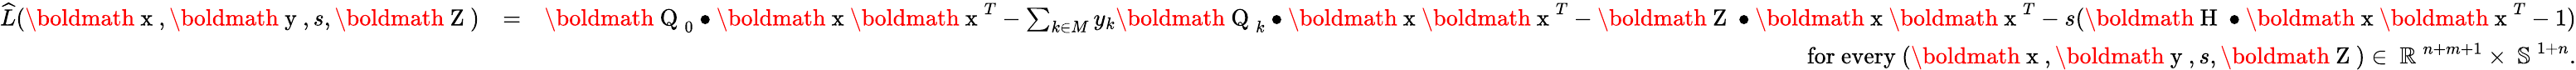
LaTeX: \begin{array}{rlr}{\widehat{L}(\mathrm{\boldmath~x~},\mathrm{\boldmath~y~},s,\mathrm{\boldmath~Z~})}&{=}&{\mathrm{\boldmath~Q~}_{0}\bullet\mathrm{\boldmath~x~}\mathrm{\boldmath~x~}^{T}-\sum_{k\in M}y_{k}\mathrm{\boldmath~Q~}_{k}\bullet\mathrm{\boldmath~x~}\mathrm{\boldmath~x~}^{T}-\mathrm{\boldmath~Z~}\bullet\mathrm{\boldmath~x~}\mathrm{\boldmath~x~}^{T}-s(\mathrm{\boldmath~H~}\bullet\mathrm{\boldmath~x~}\mathrm{\boldmath~x~}^{T}-1)}\\ &{}&{\mathrm{for~every~}(\mathrm{\boldmath~x~},\mathrm{\boldmath~y~},s,\mathrm{\boldmath~Z~})\in\mathrm{~\mathbb{R}~}^{n+m+1}\times\mathrm{~\mathbb{S}~}^{1+n}.}\end{array}